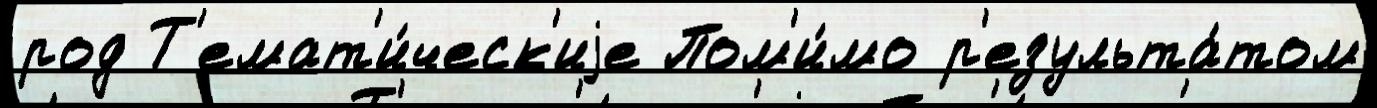
род Т'емат'и́ческ'иjе Пом'и́мо р'езульта́том